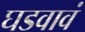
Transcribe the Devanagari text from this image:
घडवावं